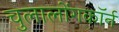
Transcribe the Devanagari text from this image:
चुलालोंगकॉर्न